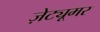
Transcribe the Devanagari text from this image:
ज़ेट्यूमर